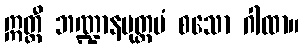
ဣတ္ထီ ဘဏ္ဍာနမုတ္တမံ စသော ဂါထာ။